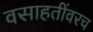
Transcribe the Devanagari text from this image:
वसाहतींवरच